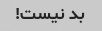
بد نیست!